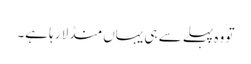
تو وہ پہلے سے ہی یہاں منڈلا رہا ہے۔